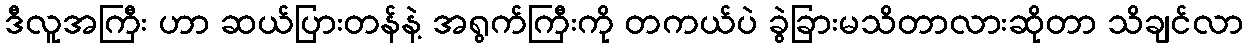
ဒီလူအကြီး ဟာ ဆယ်ပြားတန်နဲ့ အရွက်ကြီးကို တကယ်ပဲ ခွဲခြားမသိတာလားဆိုတာ သိချင်လာ